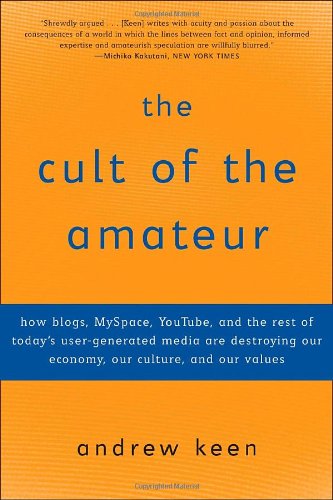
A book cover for The Cult of the Amateur: How blogs, MySpace, YouTube, and the rest of today's user-generated media are destroying our economy, our culture, and our values; Andrew Keen; Computers & Technology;